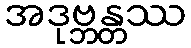
အဒုဗ္ဘန္တဿ